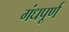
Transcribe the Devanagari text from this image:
गंधपूर्ण